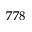
7 7 8